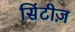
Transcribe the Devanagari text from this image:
सिंटीज़